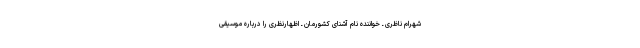
شهرام ناظری ـ خواننده نام آشنای کشورمان ـ اظهارنظری را درباره موسیقی